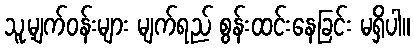
သူ့မျက်ဝန်းများ မျက်ရည် စွန်းထင်းနေခြင်း မရှိပါ။